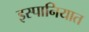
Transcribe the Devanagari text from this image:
इस्पानियात